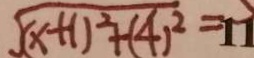
\sqrt { ( x + 1 ) ^ { 2 } + ( 4 ) ^ { 2 } } = 1 1